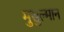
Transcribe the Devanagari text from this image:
मुसुल्मान